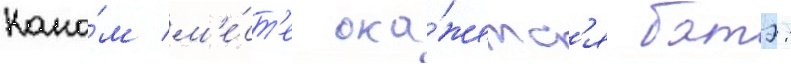
како́м м'е́ст'е ока́жетс'я батэ: